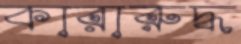
কারারুদ্ধ